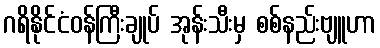
ဂရိနိုင်ငံဝန်ကြီးချုပ် အုန်းသီးမှ စစ်နည်းဗျူဟာ